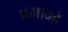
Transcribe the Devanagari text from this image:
प्रभावहै